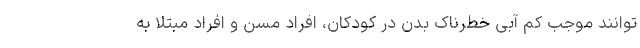
توانند موجب کم آبی خطرناک بدن در کودکان، افراد مسن و افراد مبتلا به